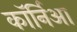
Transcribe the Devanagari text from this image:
कॉर्निआ